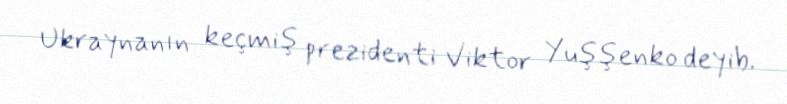
Ukraynanın keçmiş prezidenti Viktor Yuşşenko deyib.